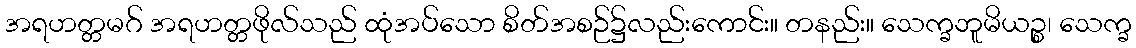
အရဟတ္တမဂ် အရဟတ္တဖိုလ်သည် ထုံအပ်သော စိတ်အစဉ်၌လည်းကောင်း။ တနည်း။ သေက္ခဘူမိယဉ္စ၊ သေက္ခ